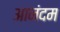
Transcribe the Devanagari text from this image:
आनंदम